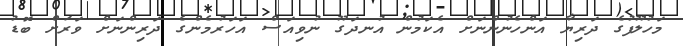
މަހުލޫފުގެ ދަރިޔާ އަންހެނުންނަށް އެކަމުން އުނދަގޫ ނުވިއަސް އަހަރުމެންގެ ދަރިންނަށް ވަރަށް ބޮޑު